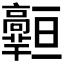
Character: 𱅾